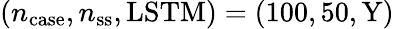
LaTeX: (n_{\mathrm{case}},n_{\mathrm{ss}},\mathrm{{LSTM})=(100,50,Y)}